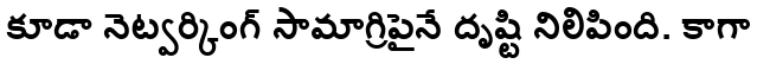
కూడా నెట్వర్కింగ్ సామాగ్రిపైనే దృష్టి నిలిపింది. కాగా